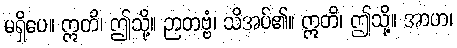
မရှိပေ။ ဣတိ၊ ဤသို့။ ဉာတဗ္ဗံ၊ သိအပ်၏။ ဣတိ၊ ဤသို့။ အာဟ၊